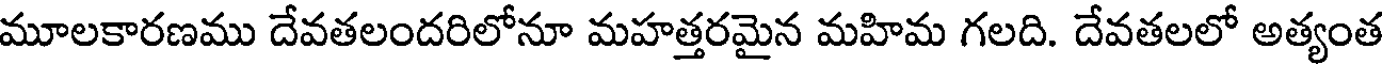
మూలకారణము దేవతలందరిలోనూ మహత్తరమైన మహిమ గలది. దేవతలలో అత్యంత